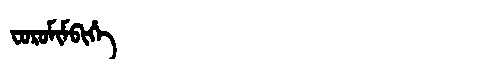
Manchu: ᠸᠣᡵᠣᠮᡳᠮᠪᡳᡥᡝ
Romanization: FOROMIMBIHE